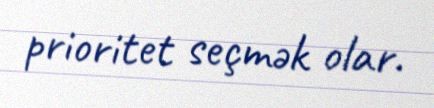
prioritet seçmək olar.